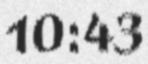
10:43